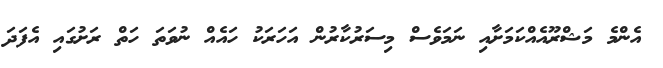
އެންމެ މަޝްރޫއެއްކަމަށާއި ނަމަވެސް މިސަރުކާރުން އަހަރަކު ހައެއް ނުވަތަ ހަތް ރަށުގައި އެފަދަ